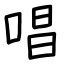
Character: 唱